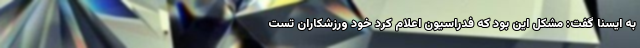
به ایسنا گفت: مشکل این بود که فدراسیون اعلام کرد خود ورزشکاران تست